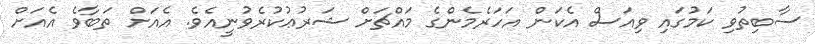
ސާބިތުވި ކަމުގައި ވިއަސް އެކަން އަހަރެމެންގެ މައްޗަށް ޝަރުޢުކުރެވުނީއެވެ. އެއަށް ތަބާވެ އެއަށް